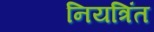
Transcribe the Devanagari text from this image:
नियत्रिंत